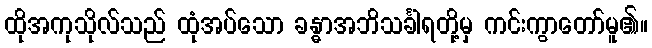
ထိုအကုသိုလ်သည် ထုံအပ်သော ခန္ဓာအဘိသင်္ခါရတို့မှ ကင်းကွာတော်မူ၏။